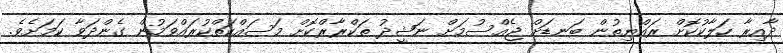
ދާއިރާ ހަލާކުކޮށް ރައްޔިތުން ބަނޑަށް ޖެއްސުމަށް ނަޝީދު ތަކްރާރްކޮށް މަސައްކަތްކުރައްވަމުން ގެންދަވާ ކަމަށެވެ.